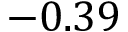
- 0 . 3 9